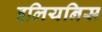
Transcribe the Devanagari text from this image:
इलियनिस